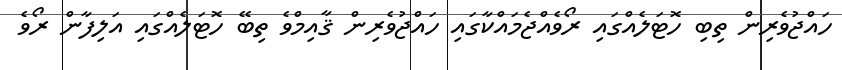
ހައްޖުވެރިން ތިބި ހޮޓަލެއްގައި ރޯވެއްޖެމައްކާގައި ހައްޖުވެރިން ޤާއިމްވެ ތިބޭ ހޮޓަލެއްގައި އަލިފާން ރޯވެ